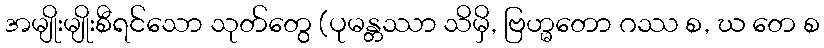
အမျိုးမျိုးစီရင်သော သုတ်တွေ (ပုမန္တဿာ သိမှိ, ဗြဟ္မတော ဂဿ စ, ဃ တေ စ